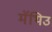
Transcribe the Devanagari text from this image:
मॅथिउ